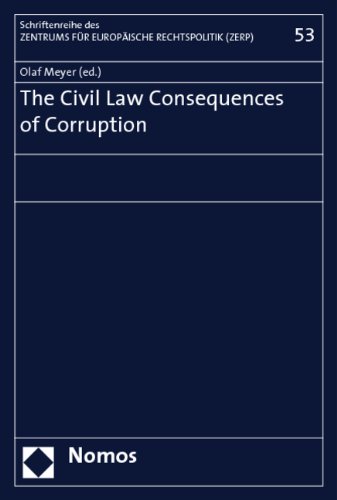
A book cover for The Civil Law Consequences of Corruption (Miscellanies of the Center for European Legal Policy at the University of Bremen); Law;